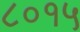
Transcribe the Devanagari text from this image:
८०१५